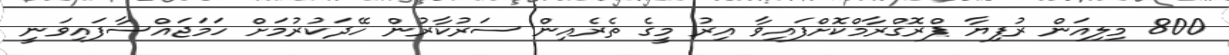
800 މިލިއަން ރުފިޔާ ޕްރޮގްރާމްކޮށްފައިވާ އިރު މީގެ ތެރެއިން ސަރުކާރުން ހޭދަކުރުމަށް ހަމަޖައްސާފައިވަނީ